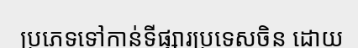
ប្រភេទទៅកាន់ទីផ្សារប្រទេសចិន ដោយ